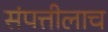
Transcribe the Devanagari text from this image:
संपत्तीलाच